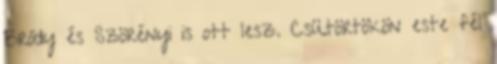
Bródy és Szörényi is ott lesz. Csütörtökön este fél